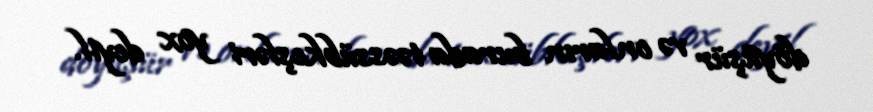
döyüşür və onların burada təəssübkeşləri yox deyil.